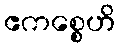
ဧကစ္စေဟိ